Vaccination in Burma 1889-1999 - 1889-1999
Year: 1889
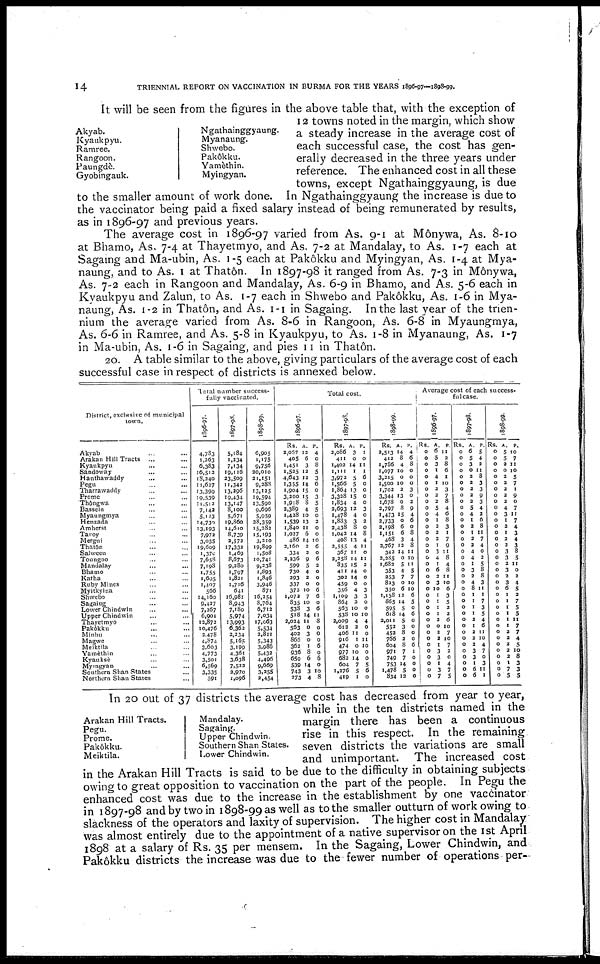
14
TRIENNIAL REPORT ON VACCINATION IN BURMA FOR THE YEARS 1896-97—1898-99.
It will be seen from the figures in the above table that, with the exception of
12 towns noted in the margin, which show
a steady increase in the average cost of
each successful case, the cost has gen-
erally decreased in the three years under
reference. The enhanced cost in all these
towns, except Ngathainggyaung, is due
to the smaller amount of work done. In Ngathainggyaung the increase is due to
the vaccinator being paid a fixed salary instead of being remunerated by results,
as in 1896-97 and previous years.
The average cost in 1896-97 varied from As. 9-1 at Mônywa, As. 8-10
at Bhamo, As. 7-4 at Thayetmyo, and As. 7-2 at Mandalay, to As. 1-7 each at
Sagaing and Ma-ubin, As. 1-5 each at Pakôkku and Myingyan, As. 1-4 at Mya-
naung, and to As. 1 at Thatôn. In 1897-98 it ranged from As. 7-3 in Mônywa,
As. 7-2 each in Rangoon and Mandalay, As. 6-9 in Bhamo, and As. 5-6 each in
Kyaukpyu and Zalun, to As. 1-7 each in Shwebo and Pakôkku, As. 1-6 in Mya-
naung, As. 1-2 in Thatôn, and As. 1-1 in Sagaing. In the last year of the trien-
nium the average varied from As. 8-6 in Rangoon, As. 6-8 in Myaungmya,
As. 6-6 in Ramree, and As. 5-8 in Kyaukpyu, to As. 1-8 in Myanaung, As. 1-7
in Ma-ubin, As. 1 -6 in Sagaing, and pies 11 in Thatôn.
20. A table similar to the above, giving particulars of the average cost of each
successful case in respect of districts is annexed below.
Akyab.
Kyaukpyu.
Ramree.
Rangoon.
Paungdè.
Gyobingauk.
Ngathainggyaung.
Myanaung.
Shwebo.
Pakôkku.
Yamèthin.
Myingyan.
District, exclusive of municipal
town.
Akyab ... ...
Arakan Hill Tracts ... ...
Kyaukpyu ... ...
Sandoway ... ...
Hanthawaddy ... ...
Pegu ... ...
Tharrawaddy ... ...
Prome ... ...
Thôngwa ... ...
Bassein ... ...
Myaungmya ... ...
Henzada ... ...
Amherst ... ...
Tavoy ... ...
Mergui ... ...
Thatôn ... ...
Salween ... ...
Toungoo ... ...
Mandalay ... ...
Bhamo ... ...
Katha ... ...
Ruby Mines ... ...
Myitkyina ... ...
Shwebo ... ...
Sagaing ... ...
Lower Chindwin ... ...
Upper Chindwin ... ...
Thayetmyo ... ...
Pakôkku ... ...
Minbu ... ...
Magwe ... ...
Meiktila ... ...
Yamèthin ... ...
Kyauksè ... ...
Myingyan ... ...
Southern Shan States ...
Northern Shan States ...
Total number success-
fully vaccinated.
1806-97.
4,783
1,263
6,383
16,512
18,240
11,627
13,399
19,539
11,512
7,142
5,123
14,730
13,193
7,972
3,035
19,609
1,370
7,658
7,198
1,755
1,605
1,407
566
14,160
9,427
7,267
6,901
12,872
10,476
2,478
4,874
3,603
4,773
3,501
6,569
3,335
591
1897-98.
5,184
1,234
7,134
19,116
23,509
11,342
13,296
19,434
13,147
8,100
5,671
19,860
14,610
8,739
2,572
17,332
1,469
8,673
9,280
1,797
1,821
1,716
641
16,981
8,943
7,180
5,974
13,993
6,362
2,234
5,l65
3,199
4,361
3,638
7,523
2,970
1,096
1898-99.
6,905
1,175
9,756
20,010
21,151
9,288
13,125
19,594
13,590
9,696
5,959
38,359
15,282
15,193
3,210
19,899
1,508
10,741
9,238
1,893
1,846
3,946
871
16,254
8,764
6,712
7,034
17,063
5,534
3,811
5,343
3,986
5,432
4,496
9,669
3,355
3,454
Total cost.
1896-97.
Rs.
2,057
405
1,451
1,525
4,643
1,355
1,904
3,200
1,918
2,389
1,428
1,539
1,840
1,027
486
2,160
334
2,236
599
730
293
337
372
1,072
835
538
518
2,024
563
402
866
363
936
659
539
743
373
A.
13
6
3
12
12
14
15
15
8
4
10
13
11
6
14
3
2
9
5
4
2
0
10
7
10
3
14
11
0
3
0
1
8
6
14
3
4
P.
4
0
8
5
3
6
0
3
5
5
0
3
0
0
10
6
0
6
2
0
0
0
6
6
0
6
11
8
0
0
0
6
0
6
0
10
8
1897-98
Rs.
2,086
411
1,402
1,111
3,973
1,566
1,864
3,328
1,834
2,693
1,478
1,833
3,438
1,042
408
2,555
367
2,258
835
411
302
459
356
1,109
864
563
538
2,009
612
406
916
474
977
682
604
1,276
419
A.
3
0
14
1
5
5
13
15
4
12
4
3
8
14
13
4
11
14
15
14
14
0
4
3
3
10
10
4
2
11
1
0
10
14
7
5
1
P.
1
0
11
1
6
0
0
0
0
3
0
2
0
8
4
11
0
11
2
0
0
0
3
3
0
0
10
4
0
0
11
10
0
0
5
6
0
1898-99.
Rs.
2,513
412
1,786
1,077
3,215
1,500
1,702
3,344
1,6708
2,797
1,473
2,733
2,198
1,151
468
3,767
342
2,285
1,682
353
253
823
350
1,158
865
595
618
2,011
552
452
766
604
971
749
753
1,478
834
A.
14
8
4
10
0
10
2
13
0
8
15
0
6
6
3
12
14
0
5
4
7
0
6
12
14
5
14
5
3
8
2
8
7
7
14
5
12
P.
4
6
8
0
0
0
3
0
2
9
4
6
0
8
4
8
11
10
11
5
7
10
10
6
5
0
6
0
0
0
0
6
1
0
0
0
0
Average cost of each success-
ful case.
1896-97.
Rs.
0
0
0
0
0
0
0
0
0
0
0
0
0
0
0
0
0
0
0
0
0
0
0
0
0
0
0
0
0
0
0
0
0
0
0
0
0
A.
6
5
3
1
4
1
2
3
3
5
4
1
2
2
2
1
3
4
1
6
2
3
10
1
1
1
1
2
0
2
2
1
3
3
1
3
7
P.
11
3
8
6
1
10
3
7
8
4
6
8
3
1
7
9
11
8
4
8
11
10
6
3
5
2
2
6
10
7
10
7
2
0
4
7
5
1897-98.
Rs.
0
0
0
0
0
0
0
0
0
0
0
0
0
0
0
0
0
0
0
0
0
0
0
0
0
0
0
0
0
0
0
0
0
0
0
0
0
A.
6
5
3
0
2
3
2
2
2
5
4
1
2
1
2
2
4
4
1
3
2
4
8
1
1
1
1
2
1
2
2
2
3
3
1
6
6
P.
5
4
2
11
8
3
3
9
3
4
2
6
8
11
7
4
0
2
5
8
8
3
11
1
7
3
5
4
6
11
10
4
7
0
3
11
1
1898-99.
Rs.
0
0
0
0
0
0
0
0
0
0
0
0
0
0
0
0
0
0
0
0
0
0
0
0
0
0
0
0
0
0
0
0
0
0
0
0
0
A.
5
5
2
0
2
3
2
2
2
4
3
1
2
1
2
2
3
3
2
3
2
3
6
1
1
1
1
1
1
3
2
2
2
3
1
7
5
P.
10
7
11
10
5
7
1
9
0
7
11
7
4
3
4
3
8
5
11
0
2
4
5
2
7
5
5
11
7
7
4
5
10
8
3
3
5
In 20 out of 37 districts the average cost has decreased from year to year,
while in the ten districts named in the
margin there has been a continuous
rise in this respect. In the remaining
seven districts the variations are small
and unimportant. The increased cost
in the Arakan Hill Tracts is said to be due to the difficulty in obtaining subjects
owing to great opposition to vaccination on the part of the people. In Pegu the
enhanced cost was due to the increase in the establishment by one vaccinator
in 1897-98 and by two in 1898-99 as well as to the smaller outturn of work owing to
slackness of the operators and laxity of supervision. The higher cost in Mandalay
was almost entirely due to the appointment of a native supervisor on the 1st April
1898 at a salary of Rs. 35 per mensem. In the Sagaing, Lower Chindwin, and
Pakôkku districts the increase was due to the fewer number of operations per-
Arakan Hill Tracts.
Pegu.
Prome.
Pak6kku.
Meiktila.
Mandalay.
Sagaing.
Upper Chindwin.
Southern Shan States.
Lower Chindwin.